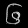
Digit: ၆